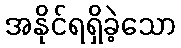
အနိုင်ရရှိခဲ့သော